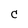
Character: C